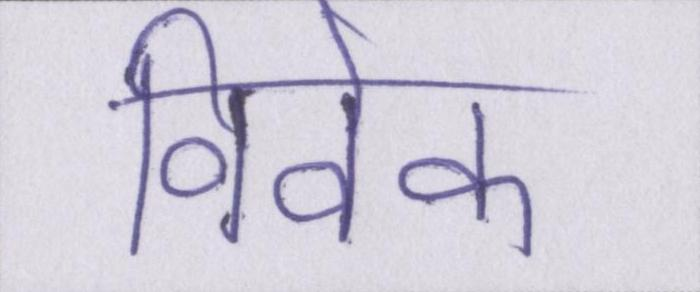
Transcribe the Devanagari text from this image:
विवेक